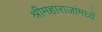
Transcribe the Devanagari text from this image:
श्रीमहाराजांमध्यें